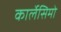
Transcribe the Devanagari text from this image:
कार्लेसिमो